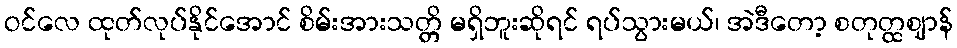
ဝင်လေ ထုတ်လုပ်နိုင်အောင် စိမ်းအားသတ္တိ မရှိဘူးဆိုရင် ရပ်သွားမယ်၊ အဲဒီတော့ စတုတ္ထဈာန်